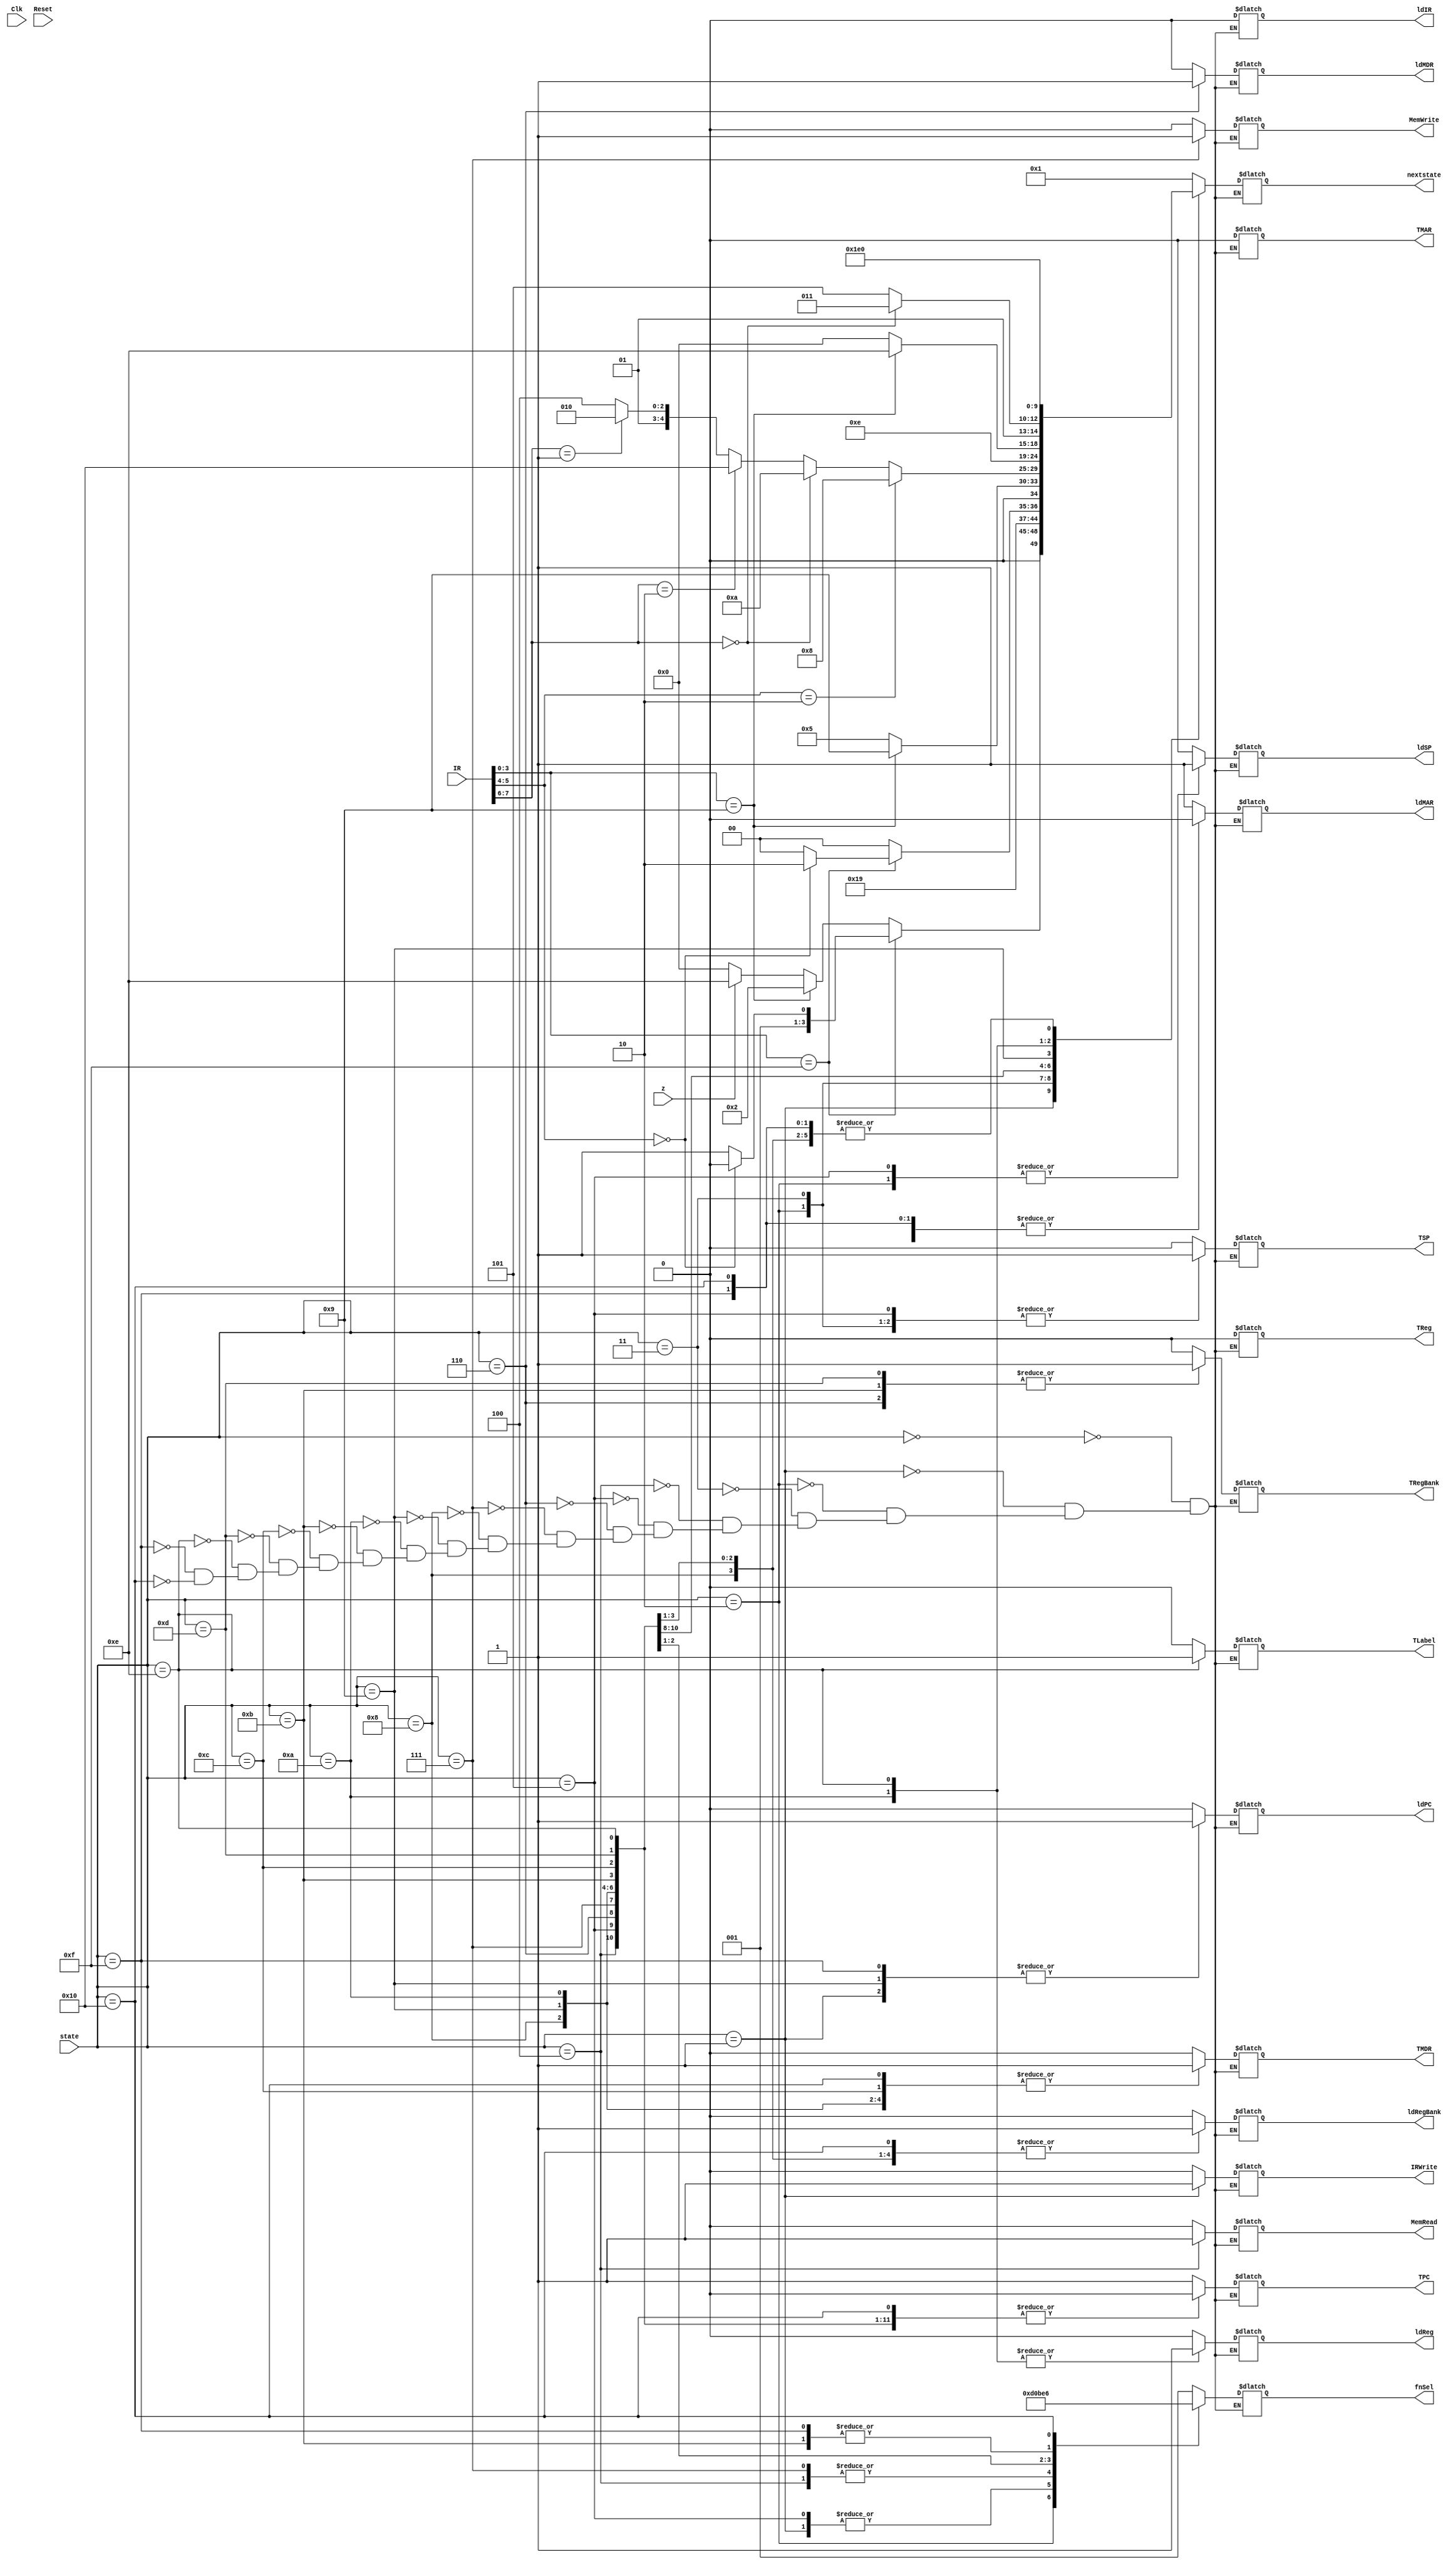

// fnSel : 001 -> trans, 010 -> inc, 011 -> dec, 100 -> add, 101 -> not, 110 -> neg, 111 -> or  

module controller(Clk, Reset, IR, z, ldMAR, ldIR, ldPC, ldSP, ldMDR, ldReg, ldRegBank, TReg, TRegBank, TSP, TMAR, TPC, TMDR, TLabel, MemRead, MemWrite, IRWrite, fnSel, state, nextstate);
  
  input [15:0]IR;
  input [4:0] state;
  input Clk, Reset, z;

  output [2:0] fnSel;
  output [4:0] nextstate;
  output ldMAR, ldIR, ldPC, ldSP, ldMDR, ldReg, ldRegBank, TReg, TRegBank,     TSP, TMAR, TPC, TMDR, TLabel, MemRead, MemWrite, IRWrite;
  
  reg [2:0] fnSel;
  reg ldMAR, ldIR, ldPC, ldSP, ldMDR, ldReg, ldRegBank, TReg, TRegBank,       TSP, TMAR, TPC, TMDR, TLabel, MemRead, MemWrite, IRWrite;
  
  reg[4:0] nextstate;
  
  parameter S0=0;
  parameter S1=1;
  parameter S2=2;
  parameter S3=3;
  parameter S4=4;
  parameter S5=5;
  parameter S6=6;
  parameter S7=7;
  parameter S8=8;
  parameter S9=9;
  parameter S10=10;
  parameter S11=11;
  parameter S12=12;
  parameter S13=13;
  parameter S14=14;
  parameter S15=15;
  parameter S16=16;

 
  
  
  
  always @(state or Reset)
    
    case(state)
      S0:begin               // MAR <- PC
        ldMAR = 1'b1;
        ldIR = 1'b0;
        ldPC = 1'b0;
        ldSP = 1'b0;
        ldMDR = 1'b0;
        ldReg = 1'b0;
        ldRegBank = 1'b0;
        TReg = 1'b0;
        TSP = 1'b0;
        TMAR = 1'b0;
        TPC =  1'b1;
        TMDR = 1'b0;
        TRegBank = 1'b0;
        TLabel = 1'b0;
        MemRead = 1'b0;
        MemWrite = 1'b0;
        IRWrite = 1'b0;
        fnSel = 3'b001;
        nextstate = S1;
      end
      
      S1:begin        // IR <- <MAR> , PC <- PC + 1
        ldMAR = 1'b0;
        ldIR = 1'b0;
        ldPC = 1'b1;
        ldSP = 1'b0;
        ldMDR = 1'b0;
        ldReg = 1'b0;
        ldRegBank = 1'b0;
        TReg = 1'b0;
        TSP = 1'b0;
        TMAR = 1'b0;
        TPC =  1'b1;
        TMDR = 1'b0;
        TRegBank = 1'b0;
        TLabel = 1'b0;
        MemRead = 1'b0;
        MemWrite = 1'b0;
        IRWrite = 1'b1;
        fnSel = 3'b010;

        if(IR[3:0] == 4'b1111)
        begin
          if(IR[5:4] == 2'b00)
          begin
          nextstate = S2;
          end
          else
          begin
          nextstate = S3;
          end
        end

        else if(IR[3:0] == 4'b1001)
        begin
        nextstate = S2;
        end

        else
        begin
          if(z == 1'b0)
          begin
          nextstate = S0;
          end
          else
          begin
          nextstate = S14;
          end
        end


        
      end
      
      S2:begin        // sp <- sp - 1
        ldMAR = 1'b0;
        ldIR = 1'b0;
        ldPC = 1'b0;
        ldSP = 1'b1;
        ldMDR = 1'b0;
        ldReg =1'b0;
        ldRegBank = 1'b0;
        TReg = 1'b0;
        TSP = 1'b1;
        TMAR = 1'b0;
        TPC =  1'b0;
        TMDR = 1'b0;
        TRegBank = 1'b0;
        TLabel = 1'b0;
        MemRead = 1'b0;
        MemWrite = 1'b0;
        IRWrite = 1'b0;
        fnSel = 3'b011;
        nextstate = S3;
      end
      
      S3:begin        // MAR <- sp
        ldMAR = 1'b1;
        ldIR = 1'b0;
        ldPC = 1'b0;
        ldSP = 1'b0;
        ldMDR = 1'b0;
        ldReg =1'b0;
        ldRegBank = 1'b0;
        TReg = 1'b0;
        TSP = 1'b1;
        TMAR = 1'b0;
        TPC =  1'b0;
        TMDR = 1'b0;
        TRegBank = 1'b0;
        TLabel = 1'b0;
        MemRead = 1'b0;
        MemWrite = 1'b0;
        IRWrite = 1'b0;
        fnSel = 3'b001;
        
        if(IR[3:0] == 4'b1111)
        begin
          if(IR[5:4] == 2'b00)
          begin
          nextstate = S6;
          end
          else
          begin
          nextstate = S4;
          end
        end

        else
        begin
        nextstate = S4;
        end


      end
            
            
      
     S4:begin         // MDR <- <MAR>
        ldMAR = 1'b0;
        ldIR = 1'b0;
        ldPC = 1'b0;
        ldSP = 1'b0;
        ldMDR = 1'b0;
        ldReg =1'b0;
        ldRegBank = 1'b0;
        TReg = 1'b0;
        TSP = 1'b0;
        TMAR = 1'b0;
        TPC =  1'b0;
        TMDR = 1'b0;
        TRegBank = 1'b0;
        TLabel = 1'b0;
        MemRead = 1'b1;
        MemWrite = 1'b0;
        IRWrite = 1'b0;
        fnSel = 3'b000;

       if(IR[3:0] == 4'b1001)
       begin
       nextstate = S9;
       end
        
       else
       begin
       nextstate = S5;
       end
      end
      


      S5:begin            //sp <- sp + 1
        ldMAR = 1'b0;
        ldIR = 1'b0;
        ldPC = 1'b0;
        ldSP = 1'b1;
        ldMDR = 1'b0;
        ldReg = 1'b0;
        ldRegBank = 1'b0;
        TReg = 1'b0;
        TSP = 1'b1;
        TMAR = 1'b0;
        TPC =  1'b0;
        TMDR = 1'b0;
        TRegBank = 1'b0;
        TLabel = 1'b0;
        MemRead = 1'b0;
        MemWrite = 1'b0;
        IRWrite = 1'b0;
        fnSel = 3'b010;
        
        if(IR[5:4] == 2'b10)
        begin
        nextstate = S8;
        end  

        else if(IR[5:4] == 2'b10)
        begin
        nextstate = S9;
        end

        else 
        begin
          if(IR[7:6] == 2'b00)
          begin
          nextstate = S10;
          end

          else if(IR[7:6] == 2'b10)
          begin
          nextstate = S16;
          end

          else if(IR[7:6] == 2'b01)
          begin
          nextstate = S10;
          end

          else
          begin
          nextstate = S12;
          end
        end
    end
    


      S6:begin            // MDR <- RB
        ldMAR = 1'b0;
        ldIR = 1'b0;
        ldPC = 1'b0;
        ldSP = 1'b0;
        ldMDR = 1'b1;
        ldReg = 1'b0;
        ldRegBank = 1'b0;
        TReg = 1'b0;
        TSP = 1'b0;
        TMAR = 1'b0;
        TPC =  1'b0;
        TMDR = 1'b0;
        TRegBank = 1'b1;
        TLabel = 1'b0;
        MemRead = 1'b0;
        MemWrite = 1'b0;
        IRWrite = 1'b0;
        fnSel = 3'b001;
        
        nextstate = S7;

      end
      


      S7:begin            // <MAR> <- MDR
        ldMAR = 1'b0;
        ldIR = 1'b0;
        ldPC = 1'b0;
        ldSP = 1'b0;
        ldMDR = 1'b0;
        ldReg = 1'b0;
        ldRegBank = 1'b0;
        TReg = 1'b0;
        TSP = 1'b0;
        TMAR = 1'b0;
        TPC =  1'b0;
        TMDR = 1'b0;
        TRegBank = 1'b0;
        TLabel = 1'b0;
        MemRead = 1'b0;
        MemWrite = 1'b1;
        IRWrite = 1'b0;
        fnSel = 3'b000;
        nextstate = S0;
      end
      


      S8:begin            // RB <- MDR
        ldMAR = 1'b0;
        ldIR = 1'b0;
        ldPC = 1'b0;
        ldSP = 1'b0;
        ldMDR = 1'b0;
        ldReg = 1'b0;
        ldRegBank = 1'b1;
        TReg = 1'b0;
        TSP = 1'b0;
        TMAR = 1'b0;
        TPC =  1'b0;
        TMDR = 1'b1;
        TRegBank = 1'b0;
        TLabel = 1'b0;
        MemRead = 1'b0;
        MemWrite = 1'b0;
        IRWrite = 1'b0;
        fnSel = 3'b001;
        nextstate = S0;
      end
      


      S9:begin        // PC <- MDR
        ldMAR = 1'b0;
        ldIR = 1'b0;
        ldPC = 1'b1;
        ldSP = 1'b0;
        ldMDR = 1'b0;
        ldReg =1'b0;
        ldRegBank = 1'b0;
        TReg = 1'b0;
        TSP = 1'b0;
        TMAR = 1'b0;
        TPC =  1'b0;
        TMDR = 1'b1;
        TRegBank = 1'b0;
        TLabel = 1'b0;
        MemRead = 1'b0;
        MemWrite = 1'b0;
        IRWrite = 1'b0;
        fnSel = 3'b001;
        
        if(IR[3:0] == 4'b1001)
        begin
        nextstate = S14;
        end

        else
        begin
        nextstate = S0;
        end

      end
        
            
      
      S10:begin         // R <- MDR
        ldMAR = 1'b0;
        ldIR = 1'b0;
        ldPC = 1'b0;
        ldSP = 1'b0;
        ldMDR = 1'b0;
        ldReg =1'b1;
        ldRegBank = 1'b0;
        TReg = 1'b0;
        TSP = 1'b0;
        TMAR = 1'b0;
        TPC =  1'b0;
        TMDR = 1'b1;
        TRegBank = 1'b0;
        TLabel = 1'b0;
        MemRead = 1'b0;
        MemWrite = 1'b0;
        IRWrite = 1'b0;
        fnSel = 3'b001;

        if(IR[7:6] == 2'b00)
        begin
        nextstate = S11;
        end

        else
        begin
        nextstate = S13;
        end
      end

      S11:begin         // RB <- R + RB
        ldMAR = 1'b0;
        ldIR = 1'b0;
        ldPC = 1'b0;
        ldSP = 1'b0;
        ldMDR = 1'b0;
        ldReg =1'b0;
        ldRegBank = 1'b1;
        TLabel = 1'b0;
        TReg = 1'b0;
        TSP = 1'b0;
        TMAR = 1'b0;
        TPC =  1'b0;
        TMDR = 1'b0;
        TRegBank = 1'b1;
        MemRead = 1'b0;
        MemWrite = 1'b0;
        IRWrite = 1'b0;
        fnSel = 3'b100;
        nextstate = S0;
      end

      S12:begin         // RB <- ~MDR
        ldMAR = 1'b0;
        ldIR = 1'b0;
        ldPC = 1'b0;
        ldSP = 1'b0;
        ldMDR = 1'b0;
        ldReg =1'b0;
        ldRegBank = 1'b1;
        TLabel = 1'b0;
        TReg = 1'b0;
        TSP = 1'b0;
        TMAR = 1'b0;
        TPC =  1'b0;
        TMDR = 1'b1;
        TRegBank = 1'b0;
        MemRead = 1'b0;
        MemWrite = 1'b0;
        IRWrite = 1'b0;
        fnSel = 3'b101;
        nextstate = S0;
      end

      S13:begin         // RB <- RB|R
        ldMAR = 1'b0;
        ldIR = 1'b0;
        ldPC = 1'b0;
        ldSP = 1'b0;
        ldMDR = 1'b0;
        ldReg =1'b0;
        ldRegBank = 1'b1;
        TLabel = 1'b0;
        TReg = 1'b0;
        TSP = 1'b0;
        TMAR = 1'b0;
        TPC =  1'b0;
        TMDR = 1'b0;
        TRegBank = 1'b1;
        MemRead = 1'b0;
        MemWrite = 1'b0;
        IRWrite = 1'b0;
        fnSel = 3'b111;
        nextstate = S0;
      end

      S14:begin         // R <-  Label
        ldMAR = 1'b0;
        ldIR = 1'b0;
        ldPC = 1'b0;
        ldSP = 1'b0;
        ldMDR = 1'b0;
        ldReg =1'b1;
        ldRegBank = 1'b0;
        TReg = 1'b0;
        TSP = 1'b0;
        TMAR = 1'b0;
        TPC =  1'b0;
        TMDR = 1'b0;
        TRegBank = 1'b0;
        TLabel = 1'b1;
        MemRead = 1'b0;
        MemWrite = 1'b0;
        IRWrite = 1'b0;
        fnSel = 3'b001;
        nextstate = S15;
      end

      S15:begin         // PC <- PC + R
        ldMAR = 1'b0;
        ldIR = 1'b0;
        ldPC = 1'b1;
        ldSP = 1'b0;
        ldMDR = 1'b0;
        ldReg =1'b0;
        ldRegBank = 1'b0;
        TReg = 1'b0;
        TSP = 1'b0;
        TMAR = 1'b0;
        TPC =  1'b1;
        TMDR = 1'b0;
        TRegBank = 1'b0;
        TLabel = 1'b0;
        MemRead = 1'b0;
        MemWrite = 1'b0;
        IRWrite = 1'b0;
        fnSel = 3'b100;
        nextstate = S0;
      end


      S16:begin         // RB <- neg MDR
        ldMAR = 1'b0;
        ldIR = 1'b0;
        ldPC = 1'b0;
        ldSP = 1'b0;
        ldMDR = 1'b0;
        ldReg =1'b0;
        ldRegBank = 1'b1;
        TReg = 1'b0;
        TSP = 1'b0;
        TMAR = 1'b0;
        TPC =  1'b0;
        TMDR = 1'b1;
        TRegBank = 1'b0;
        TLabel = 1'b0;
        MemRead = 1'b0;
        MemWrite = 1'b0;
        IRWrite = 1'b0;
        fnSel = 3'b110;
        nextstate = S0;
      end
      endcase
  
    
 endmodule